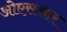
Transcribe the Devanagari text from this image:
ओएसआर